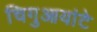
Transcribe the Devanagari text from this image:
चिगुआयांटे